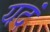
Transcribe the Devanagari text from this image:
यदं